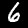
Label: 6